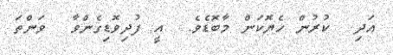
އަދި  ކުރުން ހެޔޮކަން މާބޮޑެވެ.  އީ ފުދިވޮޑިގެންވާ  ވަންތަ